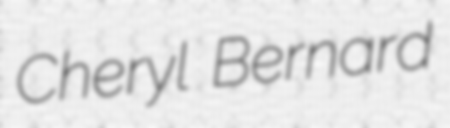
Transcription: Cheryl Bernard